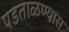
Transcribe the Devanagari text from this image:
पडताळण्यास